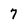
Character: 7